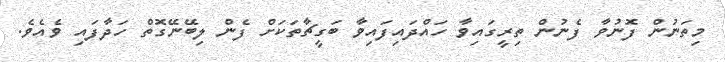
މިތަނުން ފޮނުވާ ފެނުން ތިރީގައިވާ ހައްދައިފައިވާ ބަގީޗާތަކަށް ފެން ލިބޭނޭގޮތް ހަދާފައި ވެއެވެ.